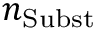
n _ { \mathrm { S u b s t } }